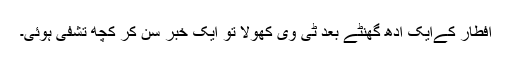
افطار کےایک آدھ گھنٹے بعد ٹی وی کھولا تو ایک خبر سن کر کچھ تشفی ہوئی۔